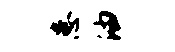
患油